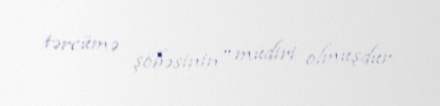
tərcümə şöbəsinin" müdiri olmuşdur.